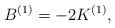
LaTeX: \begin{align*} B^{(1)}=-2K^{(1)},\end{align*}